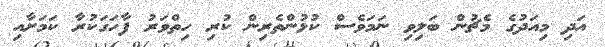
އަދި މިއަދުގެ މެޗުން ބަލިވި ނަމަވެސް ކުޅުންތެރިން ކުރި ހިތްވަރު ފާހަގަކުރާ ކަމަށާއި